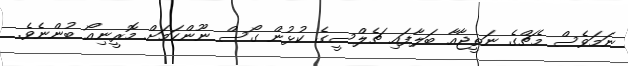
ނަމަވެސް މެޗްގެ ނަތީޖާއާ ބަލާފައި ޗެލްސީގެ ކުޅުން ގޯސް ނޫންކަމަށް މޮރީނިއޯ ބުންނެވެ.